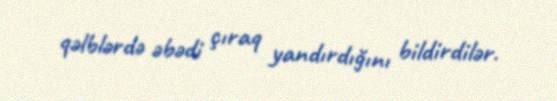
qəlblərdə əbədi çıraq yandırdığını bildirdilər.